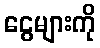
ငွေများကို